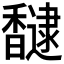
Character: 𮩮